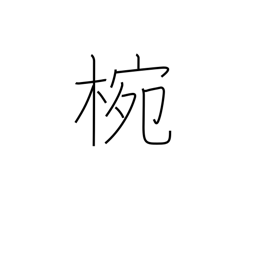
Meaning: wooden or lacquered bowl